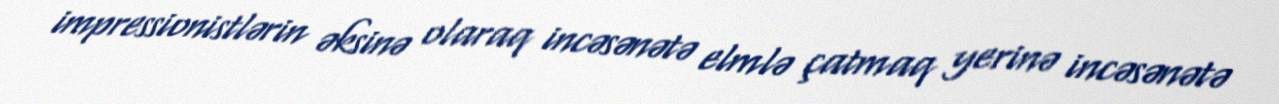
impressionistlərin əksinə olaraq incəsənətə elmlə çatmaq yerinə incəsənətə